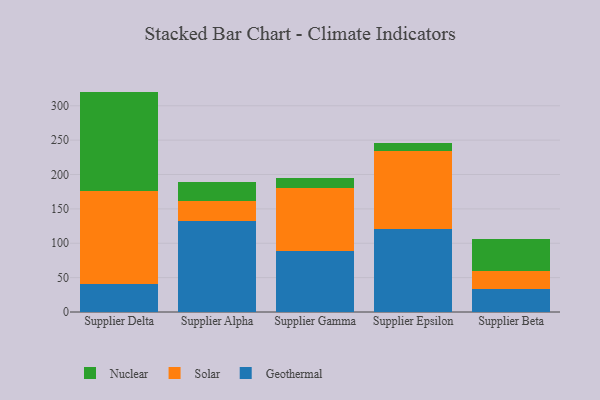
{"axis": {"x": "Supplier", "y": "Active Users"}, "legend": ["Geothermal", "Nuclear", "Solar"], "data": [{"x": "Supplier Delta", "y": 40.7, "type": "Geothermal"}, {"x": "Supplier Delta", "y": 134.8, "type": "Solar"}, {"x": "Supplier Delta", "y": 145.1, "type": "Nuclear"}, {"x": "Supplier Alpha", "y": 133.1, "type": "Geothermal"}, {"x": "Supplier Alpha", "y": 28.3, "type": "Solar"}, {"x": "Supplier Alpha", "y": 28.3, "type": "Nuclear"}, {"x": "Supplier Gamma", "y": 88.6, "type": "Geothermal"}, {"x": "Supplier Gamma", "y": 92.2, "type": "Solar"}, {"x": "Supplier Gamma", "y": 14.2, "type": "Nuclear"}, {"x": "Supplier Epsilon", "y": 121.3, "type": "Geothermal"}, {"x": "Supplier Epsilon", "y": 112.2, "type": "Solar"}, {"x": "Supplier Epsilon", "y": 12.0, "type": "Nuclear"}, {"x": "Supplier Beta", "y": 33.9, "type": "Geothermal"}, {"x": "Supplier Beta", "y": 25.7, "type": "Solar"}, {"x": "Supplier Beta", "y": 46.9, "type": "Nuclear"}]}